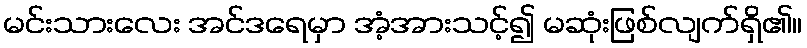
မင်းသားလေး အင်ဒရေမှာ အံ့အားသင့်၍ မဆုံးဖြစ်လျက်ရှိ၏။